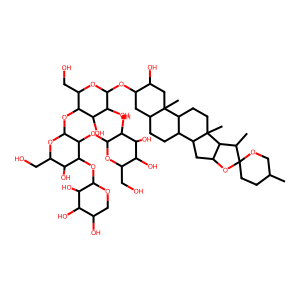
SMILES: CC1CCC2(OC1)OC1CC3C4CCC5CC(OC6OC(CO)C(OC7OC(CO)C(O)C(OC8OCC(O)C(O)C8O)C7OC7OC(CO)C(O)C(O)C7O)C(O)C6O)C(O)CC5(C)C4CCC3(C)C1C2C
Inhibits HIV replication: No